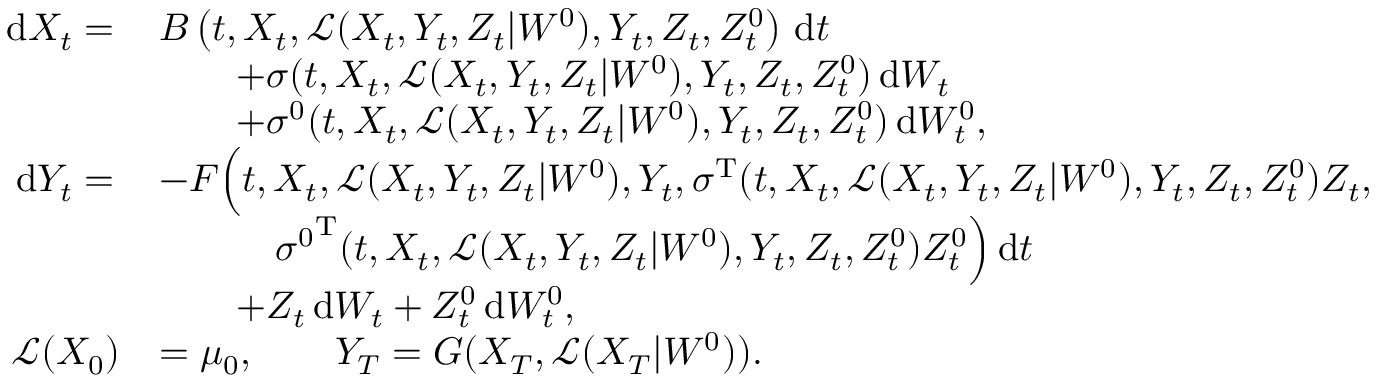
\begin{array} { r l } { \, \mathrm { d } X _ { t } = \, } & { B \left( t , X _ { t } , \mathcal { L } ( X _ { t } , Y _ { t } , Z _ { t } | W ^ { 0 } ) , Y _ { t } , Z _ { t } , Z _ { t } ^ { 0 } \right) \, \mathrm { d } t } \\ & { \qquad + \sigma ( t , X _ { t } , \mathcal { L } ( X _ { t } , Y _ { t } , Z _ { t } | W ^ { 0 } ) , Y _ { t } , Z _ { t } , Z _ { t } ^ { 0 } ) \, \mathrm { d } W _ { t } } \\ & { \qquad + \sigma ^ { 0 } ( t , X _ { t } , \mathcal { L } ( X _ { t } , Y _ { t } , Z _ { t } | W ^ { 0 } ) , Y _ { t } , Z _ { t } , Z _ { t } ^ { 0 } ) \, \mathrm { d } W _ { t } ^ { 0 } , } \\ { \, \mathrm { d } Y _ { t } = \, } & { - F \Big ( t , X _ { t } , \mathcal { L } ( X _ { t } , Y _ { t } , Z _ { t } | W ^ { 0 } ) , Y _ { t } , \sigma ^ { \operatorname { T } } ( t , X _ { t } , \mathcal { L } ( X _ { t } , Y _ { t } , Z _ { t } | W ^ { 0 } ) , Y _ { t } , Z _ { t } , Z _ { t } ^ { 0 } ) Z _ { t } , } \\ & { \quad \qquad { \sigma ^ { 0 } } ^ { \operatorname { T } } ( t , X _ { t } , \mathcal { L } ( X _ { t } , Y _ { t } , Z _ { t } | W ^ { 0 } ) , Y _ { t } , Z _ { t } , Z _ { t } ^ { 0 } ) Z _ { t } ^ { 0 } \Big ) \, \mathrm { d } t } \\ & { \qquad + Z _ { t } \, \mathrm { d } W _ { t } + Z _ { t } ^ { 0 } \, \mathrm { d } W _ { t } ^ { 0 } , } \\ { \mathcal { L } ( X _ { 0 } ) } & { = \mu _ { 0 } , \qquad Y _ { T } = G ( X _ { T } , \mathcal { L } ( X _ { T } | W ^ { 0 } ) ) . } \end{array}